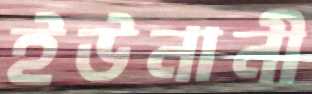
ইউনানী